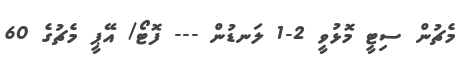
މެޗުން ސިޓީ މޮޅުވީ 2-1 ލަނޑުން --- ފޮޓޯ/ އޭޕީ މެޗުގެ 60